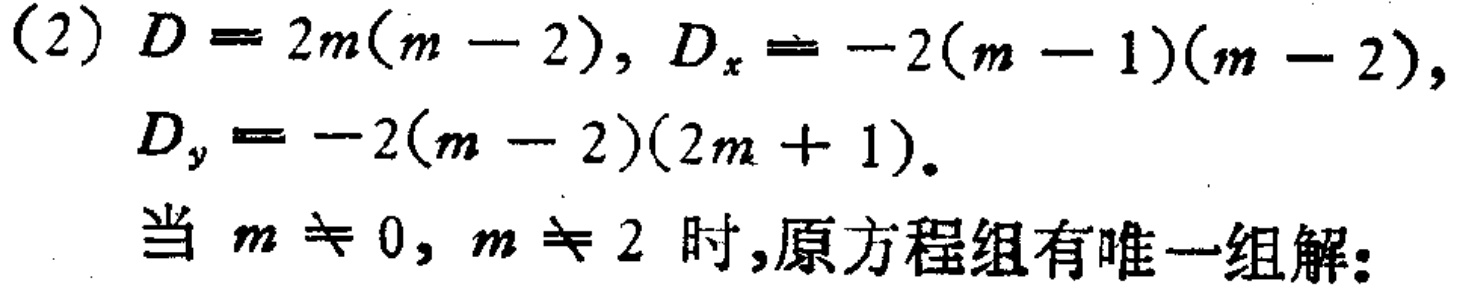
(2) \(D = 2m(m - 2), D_{x} = -2(m - 1)(m - 2),\)
\(D_{y} = -2(m - 2)(2m + 1).\)
当 \(m \neq 0, m \neq 2\) 时,原方程组有唯一组解: